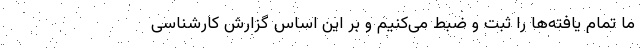
ما تمام یافته‌ها را ثبت و ضبط می‌کنیم و بر این اساس گزارش کارشناسی